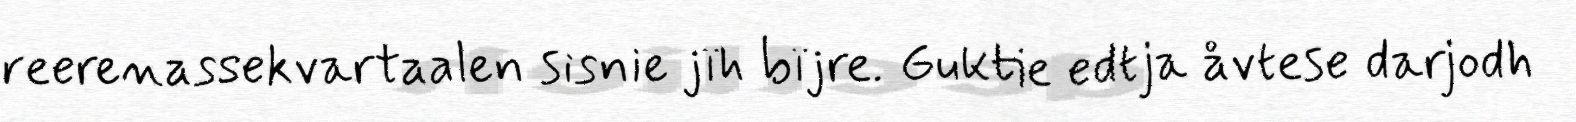
reerenassekvartaalen sisnie jïh bïjre. Guktie edtja åvtese darjodh